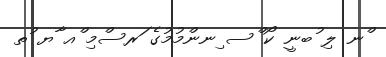
ްނ ލި ުބނީ ކޯ ްސ ިނންމުމުގެ ަރސްމި ްއ ާޔ ުތ